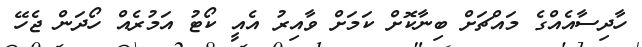
ހާދިސާއެއްގެ މައްޗަށް ބިނާކޮށް ކަމަށް ވާއިރު އެއީ ކޯޓު އަމުރެއް ހޯދަން ޖެހޭ